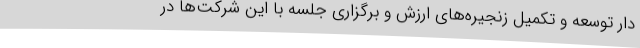
دار توسعه و تکمیل زنجیره‌های ارزش و برگزاری جلسه با این شرکت‌ها در